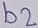
Text: b2